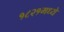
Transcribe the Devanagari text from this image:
१८२१मध्ये